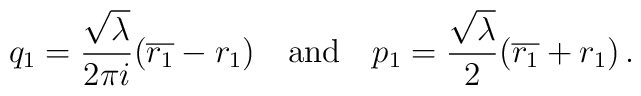
q_1= {\sqrt\lambda\over 2\pi i}(\overline{r_1}-r_1)\ \ \ {\rm and}\ \ \ p_1={\sqrt{\lambda}\over 2}(\overline{r_1}+r_1)\, .